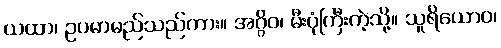
ယထာ၊ ဥပမာမည်သည်ကား။ အဂ္ဂိဝ၊ မီးပုံကြီးကဲ့သို့။ သူရိယောဝ၊